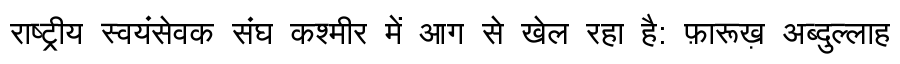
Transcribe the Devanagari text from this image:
राष्ट्रीय स्वयंसेवक संघ कश्मीर में आग से खेल रहा है: फ़ारूख़ अब्दुल्लाह